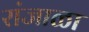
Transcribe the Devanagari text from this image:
रांजाळा